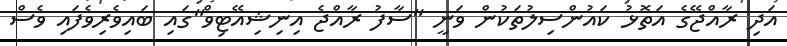
އަދި ރާއްޖޭގެ އަތޮޅު ކައުންސިލުތަކުން ވަނީ "ސާފު ރާއްޖެ އިނިޝިއޭޓިވް"ގައި ބައިވެރިވެފައި ވެސް